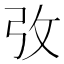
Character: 𢎿